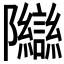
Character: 𬯨